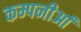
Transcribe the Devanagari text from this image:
कम्पनीआं